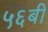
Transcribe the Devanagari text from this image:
५६बी